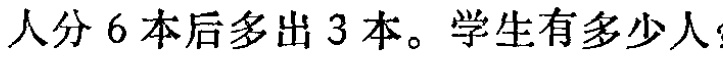
人分 6 本后多出 3 本。学生有多少人？